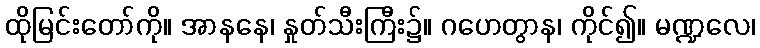
ထိုမြင်းတော်ကို။ အာနနေ၊ နှုတ်သီးကြီး၌။ ဂဟေတွာန၊ ကိုင်၍။ မဏ္ဍလေ၊